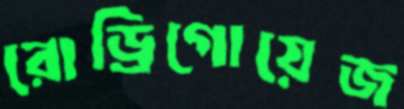
রোড্রিগোয়েজ